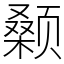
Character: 颡